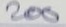
200